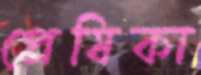
প্রেষিকা